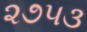
૨૭૫૩